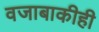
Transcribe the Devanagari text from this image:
वजाबाकीही